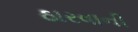
ઠારવાની